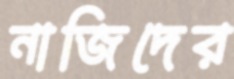
নাজিদের